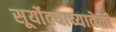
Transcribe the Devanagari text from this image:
सूर्योदयाच्यावेळी